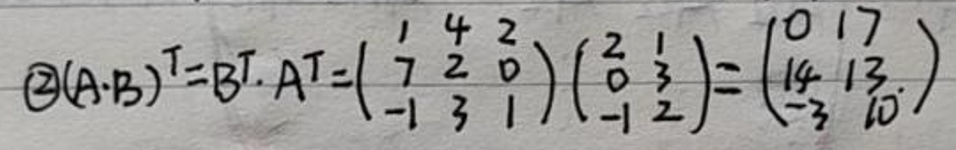
\[
\textcircled{2}(A\cdot B)^T = B^T\cdot A^T=\begin{pmatrix}
1 & 4 & 2 \\
7 & 2 & 0 \\
-1 & 3 & 1
\end{pmatrix}\begin{pmatrix}
2 & 1 \\
0 & 3 \\
-1 & 2
\end{pmatrix}=\begin{pmatrix}
0 & 17 \\
14 & 13 \\
-3 & 10
\end{pmatrix}
\]